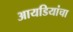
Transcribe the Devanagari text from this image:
आयडियांचा